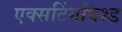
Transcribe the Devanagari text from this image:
एक्सटिंगविश्ड